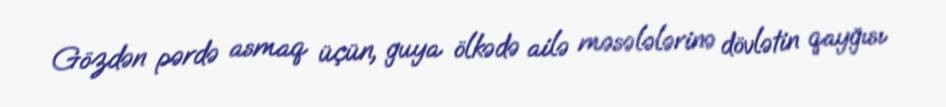
Gözdən pərdə asmaq üçün, guya ölkədə ailə məsələlərinə dövlətin qayğısı